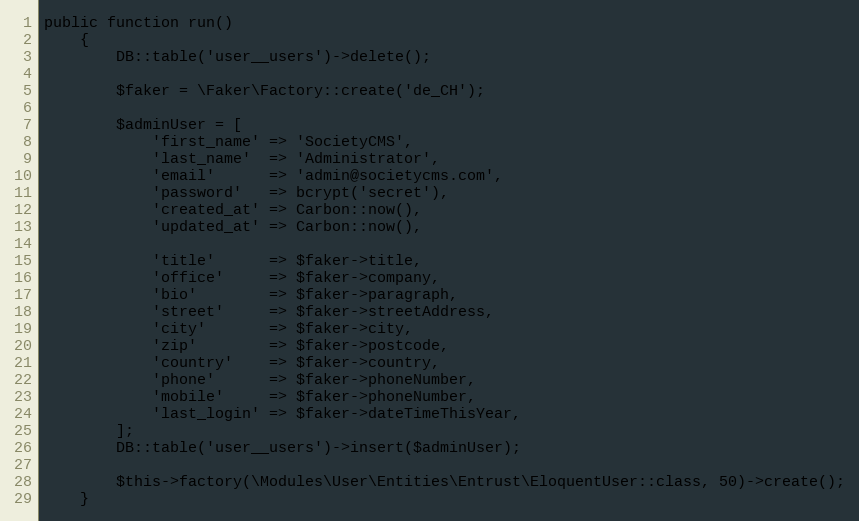
Language: PHP
public function run()
    {
        DB::table('user__users')->delete();

        $faker = \Faker\Factory::create('de_CH');

        $adminUser = [
            'first_name' => 'SocietyCMS',
            'last_name'  => 'Administrator',
            'email'      => 'admin@societycms.com',
            'password'   => bcrypt('secret'),
            'created_at' => Carbon::now(),
            'updated_at' => Carbon::now(),

            'title'      => $faker->title,
            'office'     => $faker->company,
            'bio'        => $faker->paragraph,
            'street'     => $faker->streetAddress,
            'city'       => $faker->city,
            'zip'        => $faker->postcode,
            'country'    => $faker->country,
            'phone'      => $faker->phoneNumber,
            'mobile'     => $faker->phoneNumber,
            'last_login' => $faker->dateTimeThisYear,
        ];
        DB::table('user__users')->insert($adminUser);

        $this->factory(\Modules\User\Entities\Entrust\EloquentUser::class, 50)->create();
    }